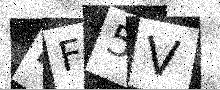
Text: 4F5V